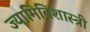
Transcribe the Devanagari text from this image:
ज्यामितिशास्त्री